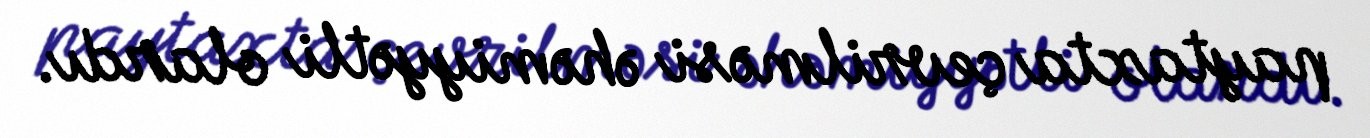
paytaxta çevrilməsi əhəmiyyətli olardı.